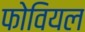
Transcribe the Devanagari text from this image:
फोवियल